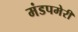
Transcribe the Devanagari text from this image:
मंडपमेरी